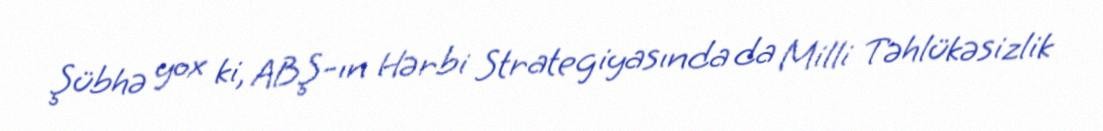
Şübhə yox ki, ABŞ-ın Hərbi Strategiyasında da Milli Təhlükəsizlik